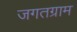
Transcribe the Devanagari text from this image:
जगतग्राम